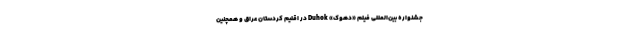
جشنواره بین‌‌المللی فيلم «دهوک» Duhok در اقلیم کردستان عراق و همچنین